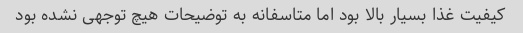
کیفیت غذا بسیار بالا بود اما متاسفانه به توضیحات هیچ توجهی نشده بود